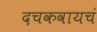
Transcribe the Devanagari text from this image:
दचकवायचं